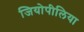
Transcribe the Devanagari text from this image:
जियोपीलिया